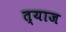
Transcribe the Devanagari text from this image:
त्याज